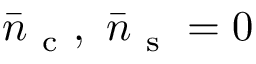
\bar { n } _ { \mathrm { ~ c ~ } } , \ \bar { n } _ { \mathrm { ~ s ~ } } = 0